Report of the King Institute of Preventive Medicine, Guindy
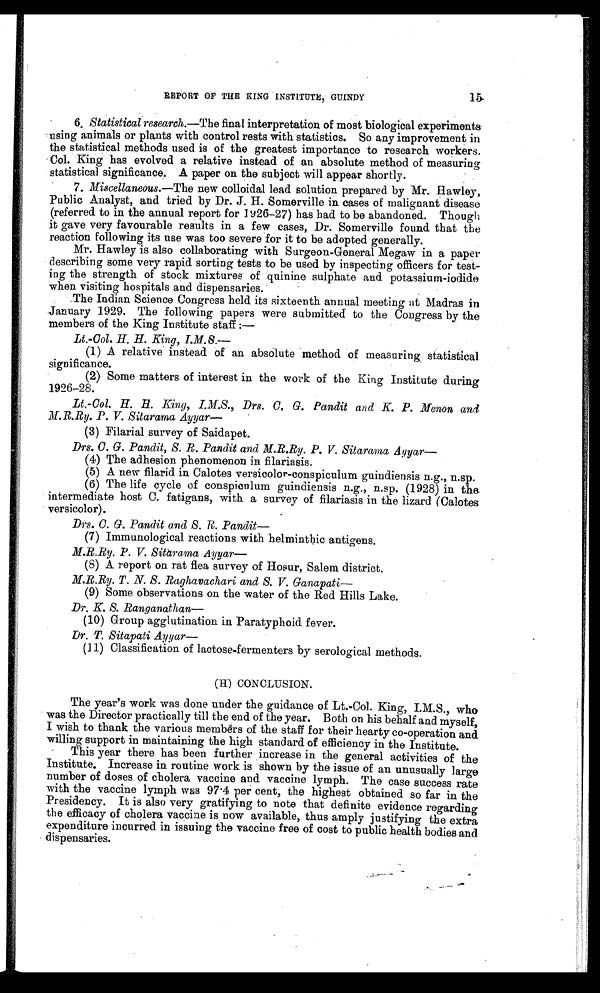
R REPORT OF THE KING INSTITUTE, GUINDY
6. Statistical research.—The final interpretation of most biological experiments
using animals or plants with control rests with statistics. So any improvement in
the statistical methods used is of the greatest importance to research workers.
Col. King has evolved a relative instead of an absolute method of measuring
statistical significance. A paper on the subject will appear shortly.
7. Miscellaneous.—The new colloidal lead solution prepared by Mr. Hawley,
Public Analyst, and tried by Dr. J. H. Somerville in cases of malignant disease
(referred to in the annual report for 1926 -27) has had to be abandoned. Though
it gave very favourable results in a few cases, Dr. Somerville found that the
reaction following its use was too severe for it to be adopted generally.
Mr. Hawley is also collaborating with Surgeon-General Megaw in a paper
describing some very rapid sorting tests to be used by inspecting officers for test-
ing the strength of stock mixtures of quinine sulphate and potassium-iodide
when visiting hospitals and dispensaries.
The Indian Science Congress held its sixteenth annual meeting at Madras in
January 1929. The following papers were submitted to the Congress by the
members of the King Institute staff :—
Lt.-Col. H. H. King, 1.M.S.
—
(1) A relative instead of an absolute method of measuring statistical
significance.
(2) Some matters of interest in the work of the King Institute during
1926-28.
Lt.-Col. H. H. King, I.M.S., Drs. C. G. Pandit and K. P. Menon and
M.R.Ry. P. V. Sitarama Ayyar
—
(3) Filarial survey of Saidapet.
Drs. C. G. Pandit, S. R. Pandit and M.R.Ry. P. V. Sitarama Ayyar
—
(4) The adhesion phenomenon in filariasis.
(5) A new filarid in Calotes versicolor-conspiculum guindiensis n.g., n.sp.
(6) The life cycle of conspiculum guindiensis n.g., n.sp. (1928) in the
intermediate host C. fatigans, with a survey of filariasis in the lizard (Calotes
versicolor).
Drs. C. G. Pandit and S. R. Pandit—
(7) Immunological reactions with helmintbic antigens.
M.R.Ry. P. V. Sitarama Ayyar
—
(8) A report on rat flea survey of Hosur, Salem district.
M.R.Ry. T. N. S. Raghavachari and S. V. Ganapati
—
(9) Some observations on the water of the Red Hills Lake.
Dr. K. S. Ranganathan
—
(10) Group agglutination in Paratyphoid fever.
Dr. T. Sitapati Ayyar
—
(11) Classification of lactose-fermenters by serological methods.
(H) CONCLUSION.
The year's work was done under the guidance of Lt.-Col. King, I.M.S., who
was the Director practically till the end of the year. Both on his behalf and myself,
I wish to thank the various members of the staff for their hearty co-operation and
willing support in maintaining the high standard of efficiency in the Institute.
This year there has been further increase in the general activities of the
Institute. Increase in routine work is shown by the issue of an unusually large
number of doses of cholera vaccine and vaccine lymph. The case success rate
with the vaccine lymph was 97.4 per cent, the highest obtained so far in the
Presidency. It is also very gratifying to note that definite evidence regarding
the efficacy of cholera vaccine is now available, thus amply justifying the extra
expenditure incurred in issuing the vaccine free of cost to public health bodies and
dispensaries.